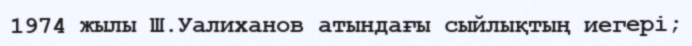
1974 жылы Ш.Уалиханов атындағы сыйлықтың иегері;